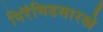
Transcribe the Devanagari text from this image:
पिरॅमिडसारखे